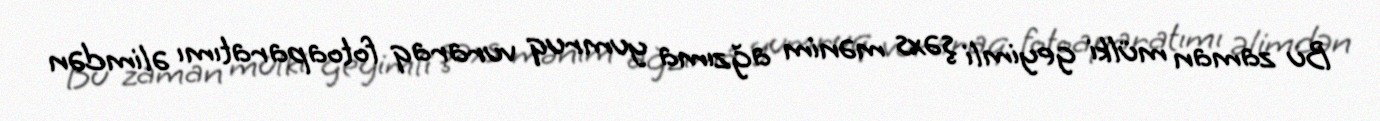
Bu zaman mülki geyimli şəxs mənim ağzıma yumruq vuraraq fotoaparatımı əlimdən